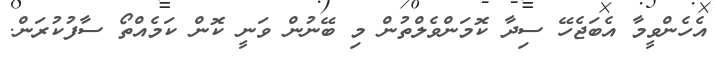
އެހެންވީމާ އެބަޖެހޭ ސިދާ ކޮމަންވެލްތުން މި ބޭނުން ވަނީ ކޮން ކަމެއްތޯ ސާފުކުރަން.